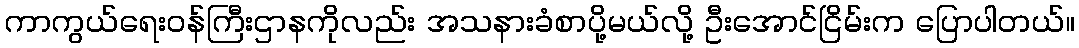
ကာကွယ်ရေးဝန်ကြီးဌာနကိုလည်း အသနားခံစာပို့မယ်လို့ ဦးအောင်ငြိမ်းက ပြောပါတယ်။